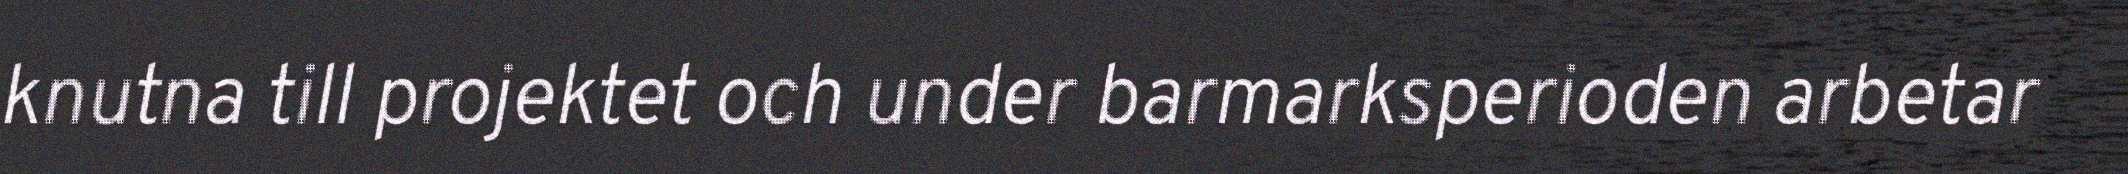
knutna till projektet och under barmarksperioden arbetar